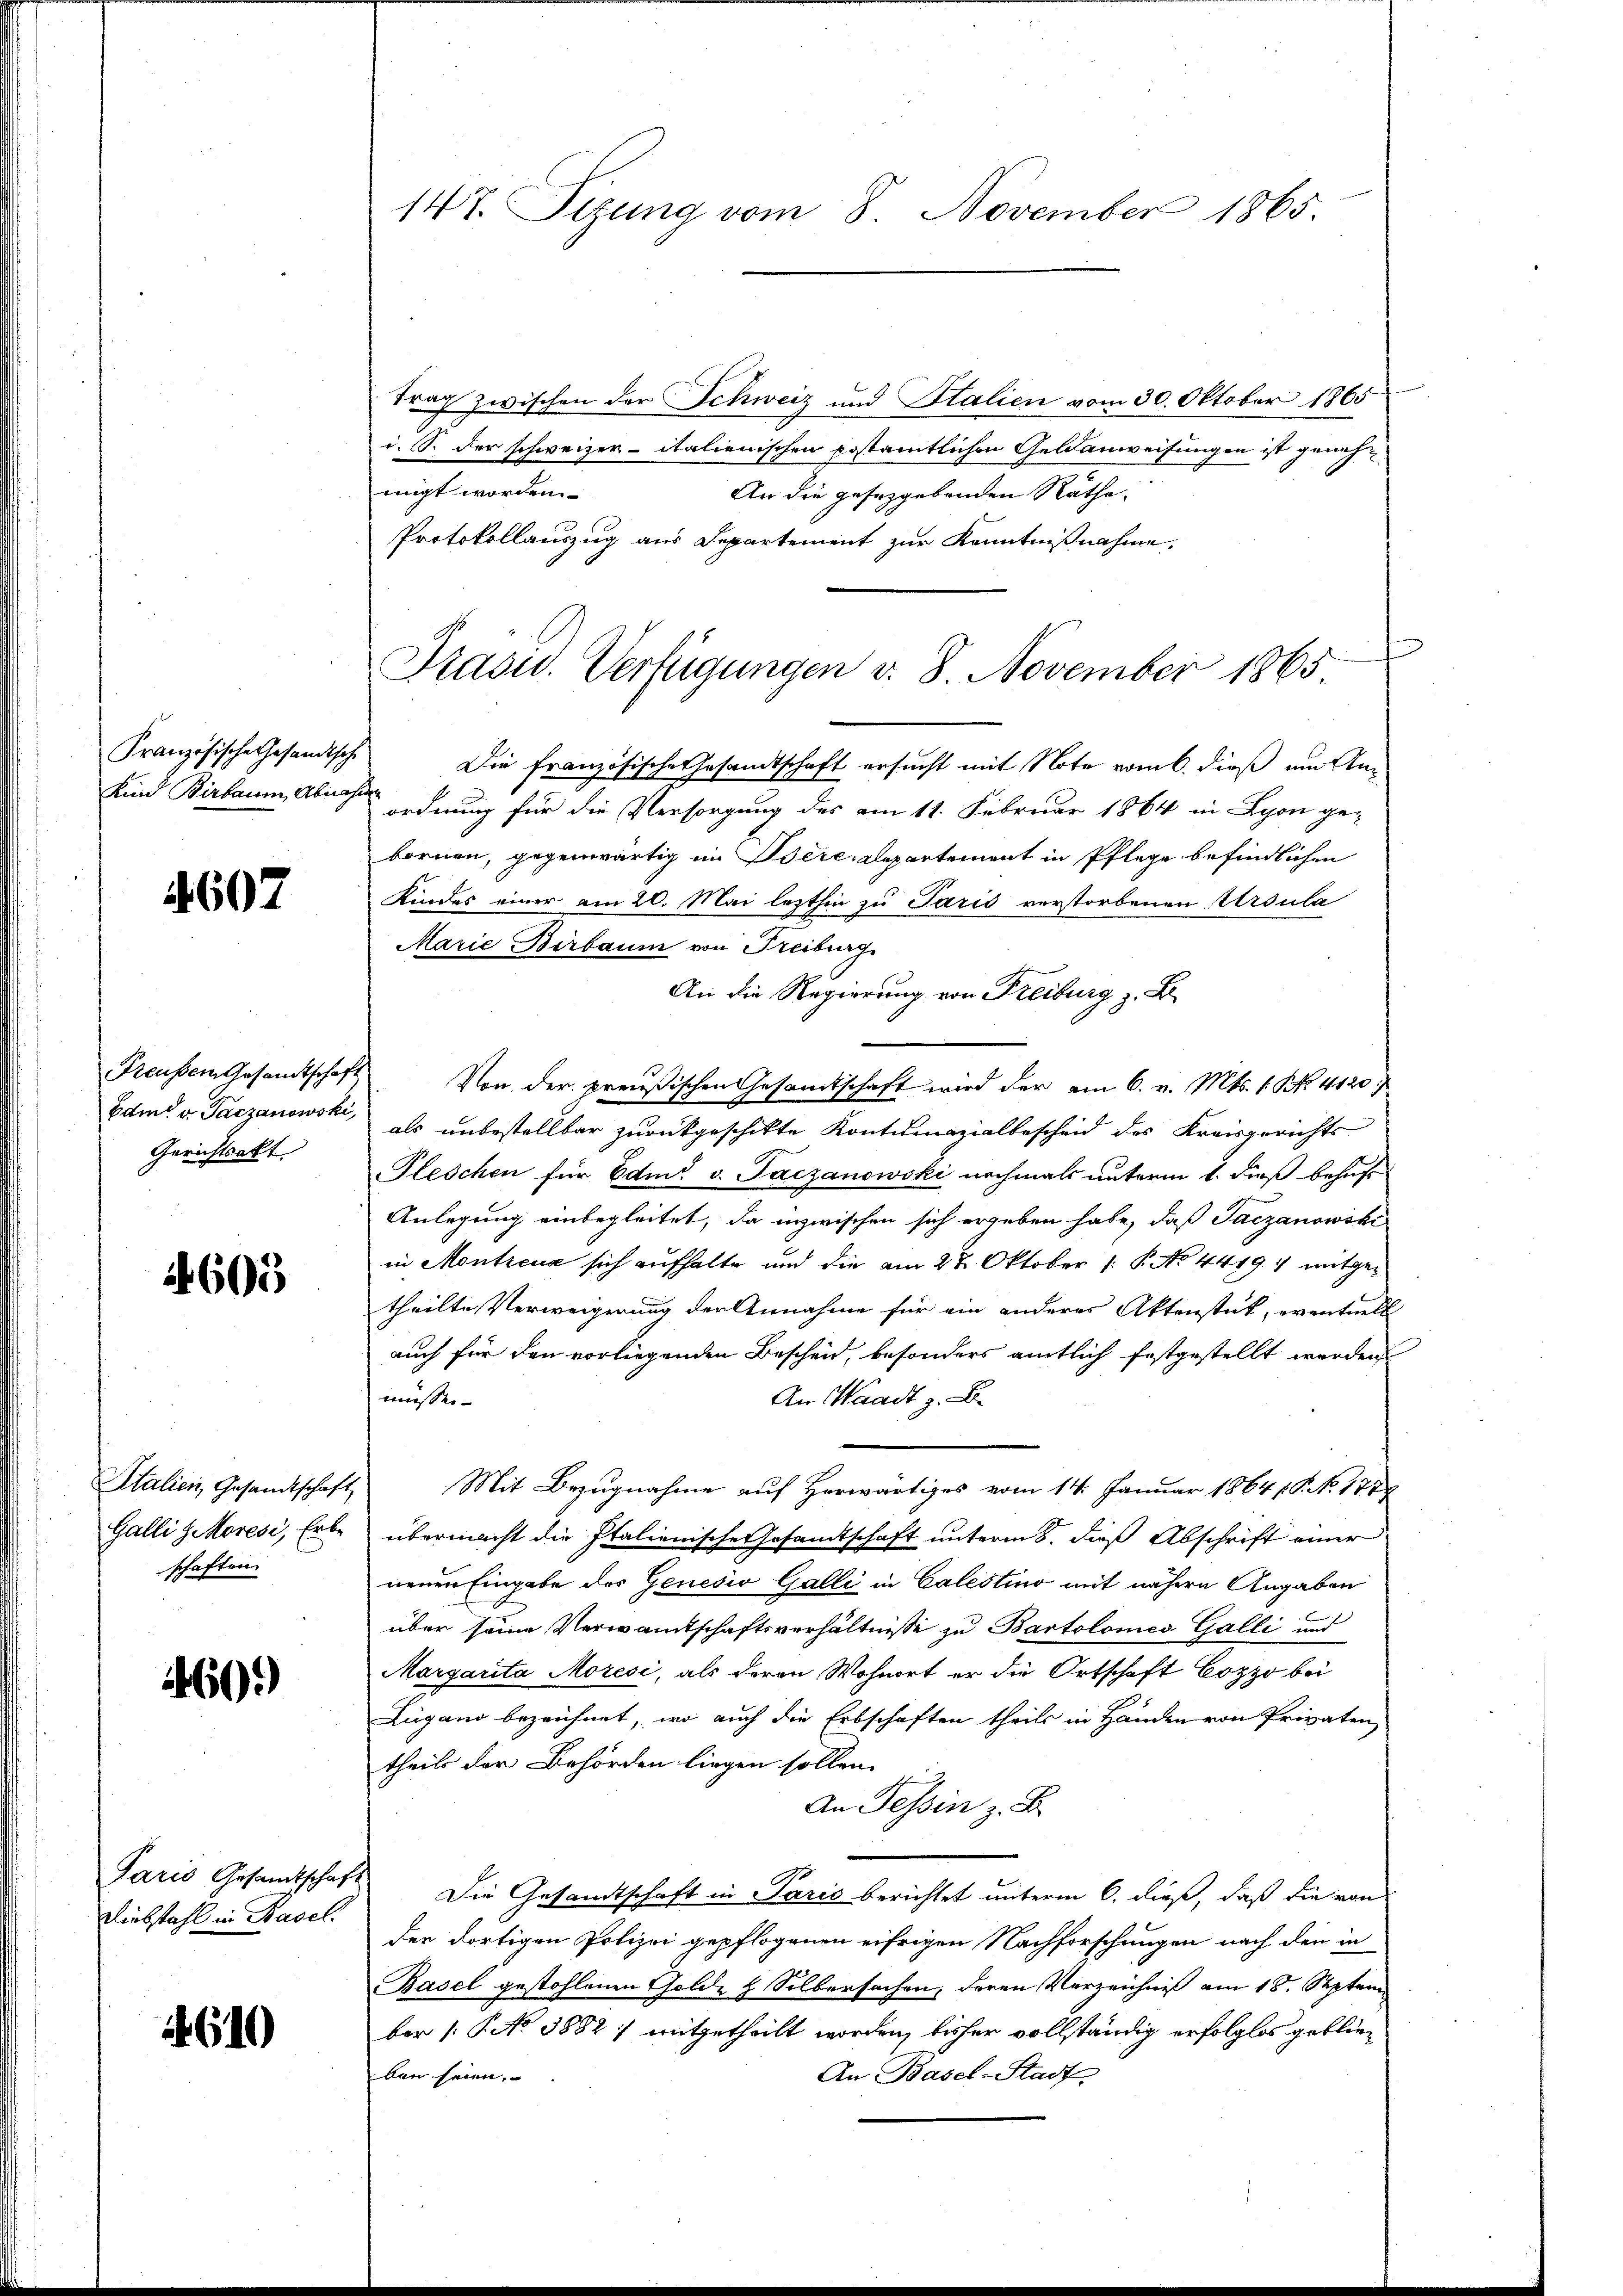
Französische Gesandtsche
Kind Birbaum, Abnahm

1607

Freusser Gesandtschaft
Edmd v. Paczanowski,
Gerichtsakt

4603

Italien, Gesandtschaft
Galli gioresi, Erbe
schaften.

460.

Paris Gesandtschaf
Diebstahl in Basel.

2610

147. Sizung vom 8. November 1865

Frasu. Verfügungen v. 8. November 1865

trag zwischen der Schweiz und Italien vom 30. Oktober 1865
i. S. der schweizer- italienischen postamtlichen Geldenweisungen ist geneh
migt worden.
An die gesetzgebenden Räthe
Protokollauszug aus Departement zur Kenntnißnahme.
Die französische Gesandtschaft ersucht mit Note vom 6. dieß am Anordnung für die Versorgung des am 11. Februar 1864 in Lyon ge-
bornen, gegenwärtig im Bere, Repartement in Pflege befindlichen
Kindes einer am 20. Mai lezthin zu Paris verstorbenen Ursula
Marie Birbaum von Freiburg
An die Regierung von Freiburg z. B.
Von der preußischen Gesamtschaft wird der am 6. v. Mts. 1. No. 4120
als unbestellbar zurückgeschikte Kontumazialbescheid des Kreisgerichts-
Pleschen für Edmo v. Paczanowski nochmals unterm 1. dieß behufs
Anlegung einbegleitet, da inzwischen sich ergeben habe, daß Taczanowski
in Montreux sich aufhalte und die am 28. Oktober (: P. No 4419. 7 mitgetheilte Verweigerung der Annahme für ein anderes Aktenstät, eventuell
auch für den vorliegenden Bescheid, besonders amtlich festgestellt werden
An Waadt z. B.
müssen
Mit Bezugnahme auf Herwärtiges vom 14. Januar 1864 (S. NNo. 177
übermacht die Italienische Gesandtschaft unterm 8. dieß Abschrift einer
nenen Eingabe der Genesio Galli in Calestino mit nähern Angaben
über seine Verwandtschaftsverhältnisse zu Bartolomeo Galli und
Margarita Moresi, als deren Wohnort er die Ortschaft Eozzo bei
Zugano bezeichnet, wo auch die Erbschaften theils in Händen von Privaten,
theils der Behörden liegen sollen.
An Tessin z. B.
Die Gesandtschaft in Paris berichtet unterm 6. dieß, daß die von
der dortigen Polizei gepflogenen eifrigen Nachforschungen nach den in
Basel gestohlenen Golde & Silbersachen, deren Verzeichniß am 18. Septem
ber [P No 3882) mitgetheilt worden, bisher vollständig erfolglos geblie¬
An Basel-Stadt
ben seien.